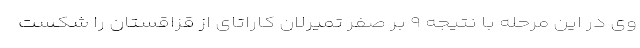
وی در این مرحله با نتیجه ۹ بر صفر تمیرلان کاراتای از قزاقستان را شکست